Insane asylums in Bengal annual reports 1876-1887 - 1876-1887
Year: 1876
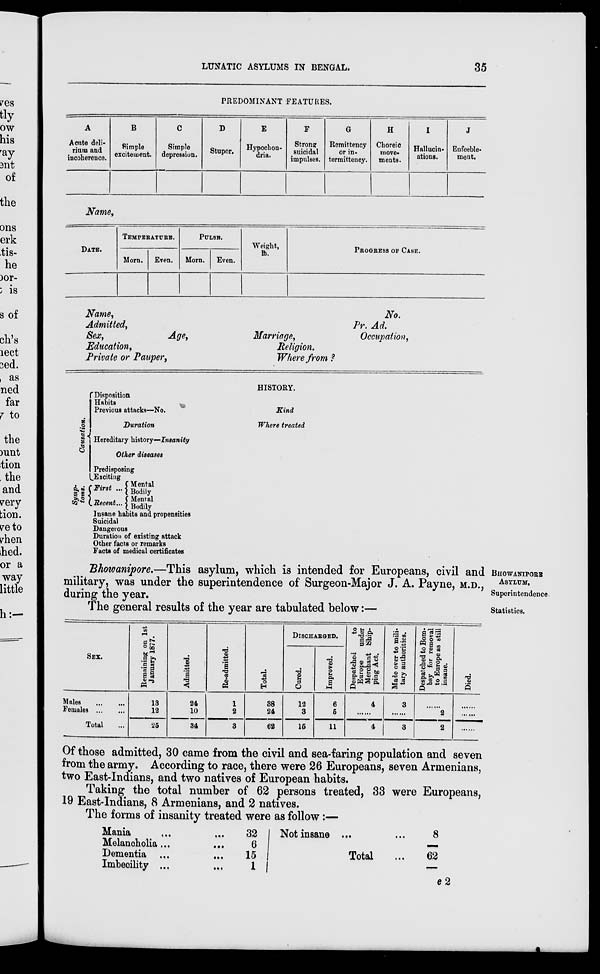
LUNATIC ASYLUMS IN BENGAL.
35
PREDOMINANT FEATURES.
A
Acute deli-
rium and
incoherence.
B
Simple
excitement.
C
Simple
depression.
D
Stupor.
E
Hypochon-
dria.
F
Strong
suicidal
impulses.
G
Remittency
or in-
termittency.
H
Choreic
move-
ments.
I
Hallucin-
ations.
J
Enfeeble-
ment.
Name,
DATE.
TEMPERATURE.
Morn.
Even.
PULSE.
Morn.
Even.
Weight,
lb.
PROGRESS OF CASE.
Name,
Admitted,
Sex,
Education,
Private or Pauper,
Age,
Marriage,
Religion.
Where from ?
No.
Pr. Ad.
Occupation,
Causation.
Symp-
toms.
Disposition
Habits
Previous attacks—No.
Duration
Hereditary history—Insanity
Other diseases
Predisposing
Exciting
First ...
Recent...
Mental
Bodily
Mental
Bodily
Insane habits and propensities
Suicidal
Dangerous
Duration of existing attack
Other facts or remarks
Facts of medical certificates
HISTORY.
Kind
Where treated
BHOWANIPORE
ASYLUM.
Superintendence.
Bhowanipore.—This asylum, which is intended for Europeans, civil and
military, was under the superintendence of Surgeon-Major J. A. Payne, M.D.,
during the year.
Statistics.
The general results of the year are tabulated below:—
SEX.
Males
...
...
Females
...
...
Total ...
Remaining on 1st
January 1877.
13
12
25
Admitted.
24
10
34
Re-admitted.
1
2
3
Total.
38
24
62
DISCHARGED.
Cured.
12
3
15
Improved.
6
5
11
Despatched
to
Europe
under
Merchant Ship-
ping Act.
4
......
4
Made over to mili-
tary authorities.
3
......
3
Despatched to Bom-
bay for removal
to Europe as still
insane.
......
2
2
Died.
......
......
......
Of those admitted, 30 came from the civil and sea-faring population and seven
from the army. According to race, there were 26 Europeans, seven Armenians,
two East-Indians, and two natives of European habits.
Taking the total number of 62 persons treated, 33 were Europeans,
19 East-Indians, 8 Armenians, and 2 natives.
The forms of insanity treated were as follow:—
Mania ... ...
Melancholia ... ...
Dementia ... ...
Imbecility ... ...
32
6
15
1
Not insane ... ...
Total ...
8
62
e 2